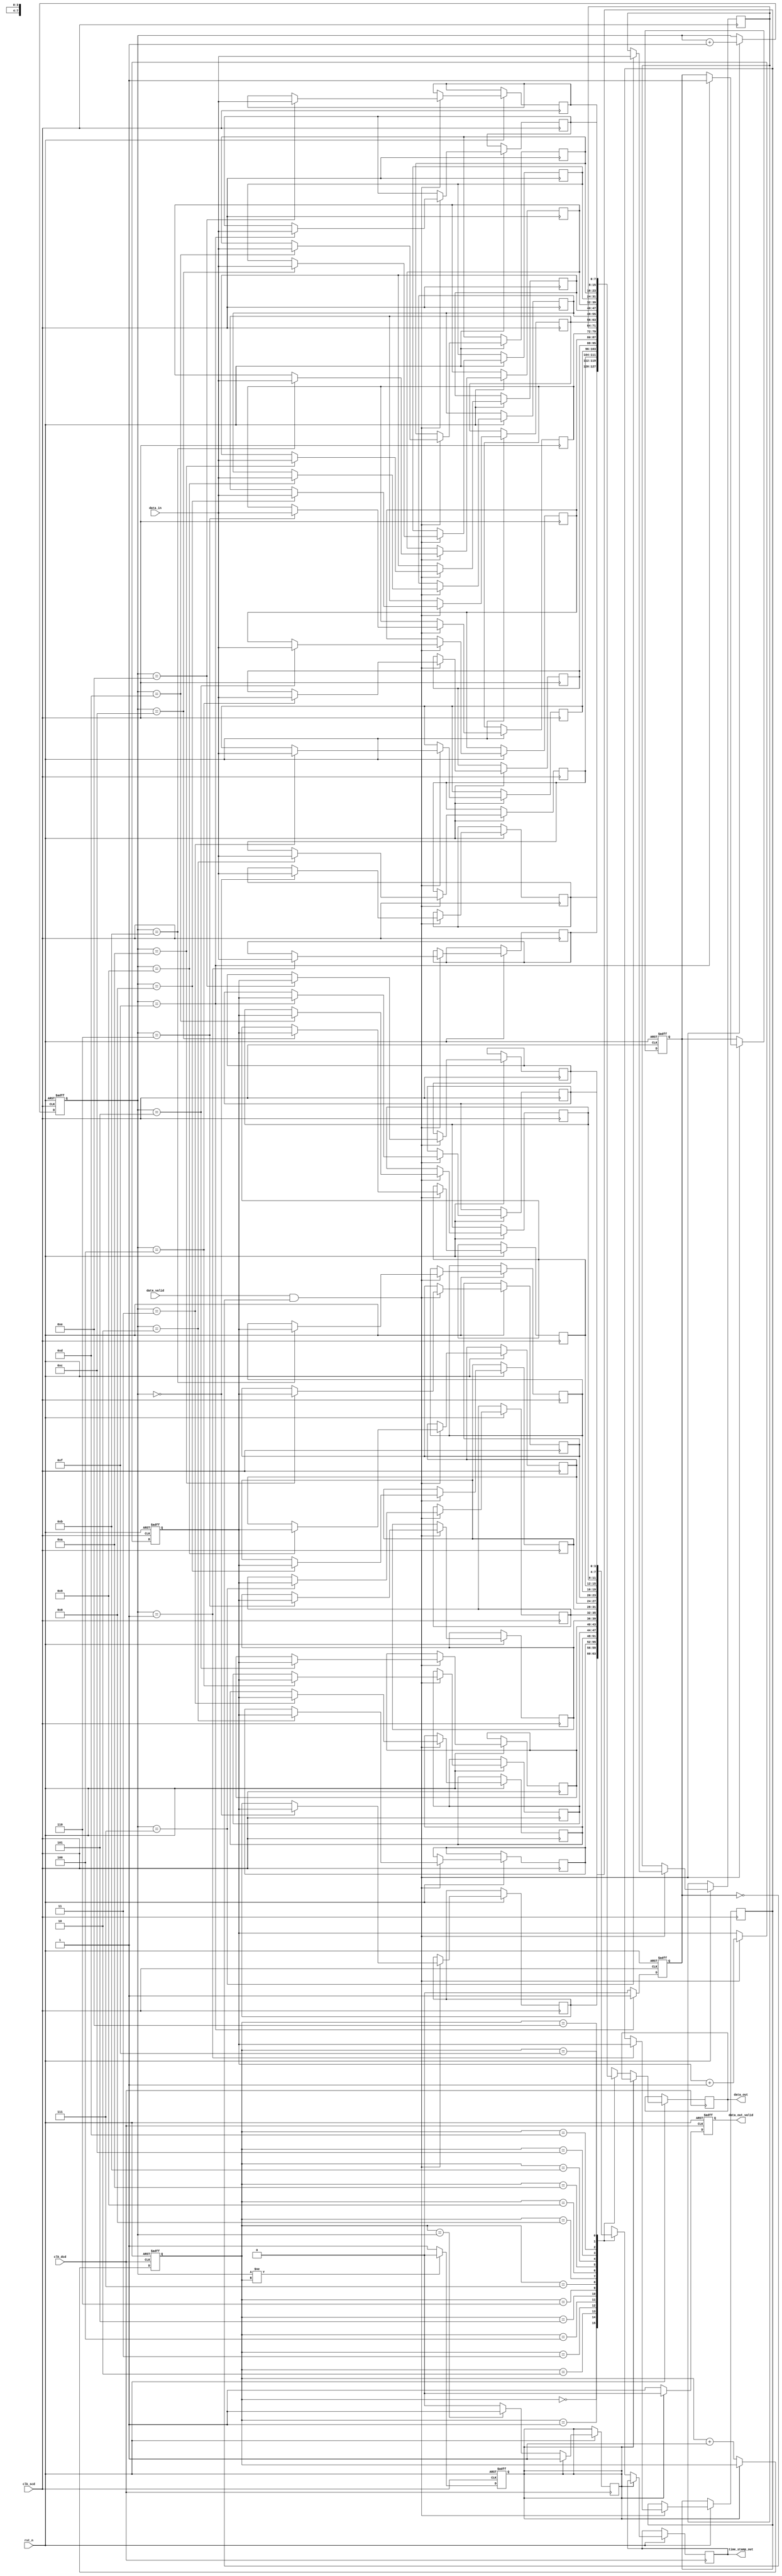
module TimeStampedSynchronizer #(
    parameter DATA_WIDTH = 8,
    parameter TIMESTAMP_WIDTH = 4,
    parameter FIFO_DEPTH = 16
) (
    input wire clk_scd,                // Source Clock Domain
    input wire clk_dcd,                // Destination Clock Domain
    input wire rst_n,                  // Active low reset
    input wire [DATA_WIDTH-1:0] data_in, // Input data
    input wire data_valid,             // Input data valid signal
    output reg [DATA_WIDTH-1:0] data_out, // Output data
    output reg [TIMESTAMP_WIDTH-1:0] time_stamp_out, // Output time-stamp
    output reg data_out_valid          // Output data valid signal
);

    // FIFO buffer signals
    reg [DATA_WIDTH-1:0] fifo_data [0:FIFO_DEPTH-1];
    reg [TIMESTAMP_WIDTH-1:0] fifo_timestamp [0:FIFO_DEPTH-1];
    reg [3:0] write_pointer, read_pointer;
    reg fifo_empty, fifo_full;

    // Time-stamp generation logic
    reg [TIMESTAMP_WIDTH-1:0] time_stamp;
    
    always @(posedge clk_scd or negedge rst_n) begin
        if (!rst_n) begin
            write_pointer <= 0;
            fifo_full <= 0;
            time_stamp <= 0;
        end else if (data_valid && !fifo_full) begin
            fifo_data[write_pointer] <= data_in;
            fifo_timestamp[write_pointer] <= time_stamp;
            write_pointer <= write_pointer + 1;
            if (write_pointer == FIFO_DEPTH - 1) begin
                fifo_full <= 1;
            end
            time_stamp <= time_stamp + 1; // Increment time-stamp
        end
    end

    // FIFO read logic
    always @(posedge clk_dcd or negedge rst_n) begin
        if (!rst_n) begin
            read_pointer <= 0;
            data_out_valid <= 0;
        end else if (!fifo_empty) begin
            data_out <= fifo_data[read_pointer];
            time_stamp_out <= fifo_timestamp[read_pointer];
            data_out_valid <= 1;
            read_pointer <= read_pointer + 1;
            if (read_pointer == write_pointer) begin
                fifo_empty <= 1;
            end
        end else begin
            data_out_valid <= 0;
        end
    end

    // FIFO empty/full management
    always @(posedge clk_scd or negedge rst_n) begin
        if (!rst_n) begin
            fifo_empty <= 1;
        end else begin
            if (write_pointer != read_pointer) begin
                fifo_empty <= 0;
            end else begin
                fifo_empty <= 1;
            end
        end
    end

    always @(posedge clk_scd or negedge rst_n) begin
        if (!rst_n) begin
            fifo_full <= 0;
        end else begin
            if (write_pointer == FIFO_DEPTH - 1) begin
                fifo_full <= 1;
            end else begin
                fifo_full <= 0;
            end
        end
    end

endmodule